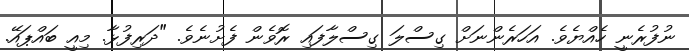
ނުފުރެނީ ހެއްޔެވެ. އަަހަރެންނަށް ގިސްލަ ގިސްލާފައި ރޮވެން ފެށުނެވެ. "ދަރިފުޅާ. މިއީ ބައްޕައޭ.